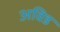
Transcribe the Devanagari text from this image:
अविड